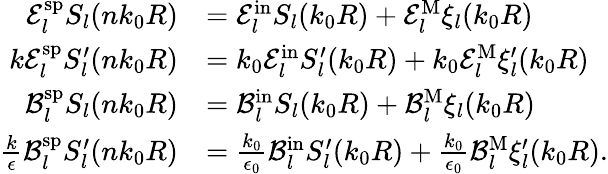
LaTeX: \begin{array}{rl}{\mathcal{E}_{l}^{\mathrm{sp}}S_{l}(nk_{0}R)}&{=\mathcal{E}_{l}^{\mathrm{in}}S_{l}(k_{0}R)+\mathcal{E}_{l}^{\mathrm{M}}\xi_{l}(k_{0}R)}\\ {k\mathcal{E}_{l}^{\mathrm{sp}}S_{l}^{\prime}(nk_{0}R)}&{=k_{0}\mathcal{E}_{l}^{\mathrm{in}}S_{l}^{\prime}(k_{0}R)+k_{0}\mathcal{E}_{l}^{\mathrm{M}}\xi_{l}^{\prime}(k_{0}R)}\\ {\mathcal{B}_{l}^{\mathrm{sp}}S_{l}(nk_{0}R)}&{=\mathcal{B}_{l}^{\mathrm{in}}S_{l}(k_{0}R)+\mathcal{B}_{l}^{\mathrm{M}}\xi_{l}(k_{0}R)}\\ {\frac{k}{\epsilon}\mathcal{B}_{l}^{\mathrm{sp}}S_{l}^{\prime}(nk_{0}R)}&{=\frac{k_{0}}{\epsilon_{0}}\mathcal{B}_{l}^{\mathrm{in}}S_{l}^{\prime}(k_{0}R)+\frac{k_{0}}{\epsilon_{0}}\mathcal{B}_{l}^{\mathrm{M}}\xi_{l}^{\prime}(k_{0}R).}\end{array}